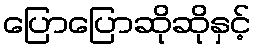
ပြောပြောဆိုဆိုနှင့်